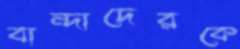
বান্দাদেরকে